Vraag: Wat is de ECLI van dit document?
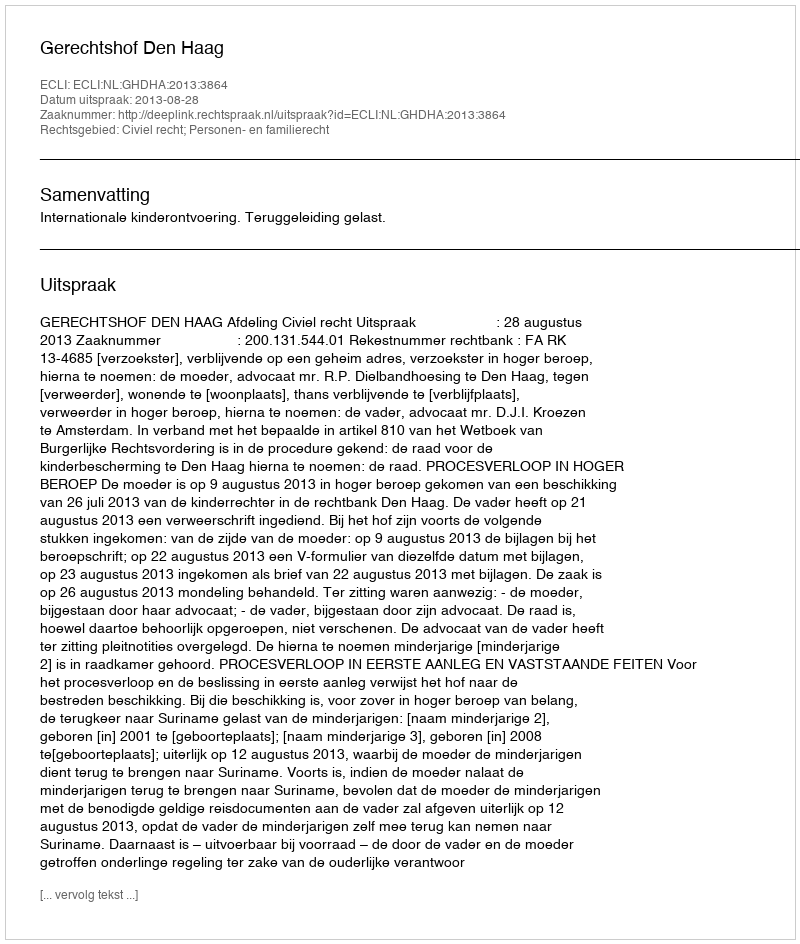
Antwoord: ECLI:NL:GHDHA:2013:3864